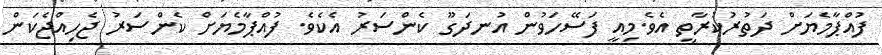
ފުއްޕާމެޔަށް ދަތުރުކުރާތީ އެވެ.މިއީ ފަސޭހަވުން އުނދަގޫ ކެންސަރު އެކެވެ. ފުއްޕާމެޔަށް ކެންސަރު ޖެހިއްޖެކަން